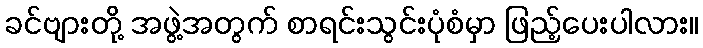
ခင်ဗျားတို့ အဖွဲ့အတွက် စာရင်းသွင်းပုံစံမှာ ဖြည့်ပေးပါလား။